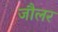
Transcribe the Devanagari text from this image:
जौलर